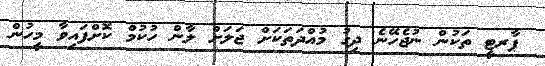
ޕާރޓީ ތަކުން ނުޖެހޭނެ ދިގު މުއްދަތަަކަށް ޖަލަށް ލާން ހުކުމް ކޮށްފައިވާ މީހުން